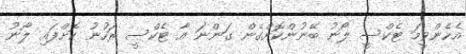
އެހެންވީމަ ޓެކްސީ ލޯނު ބޭނުންކޮށްގެން ގަންނަ އާ ޓެކްސީ ރަހުނު ކޮށްފައި ލޯނު